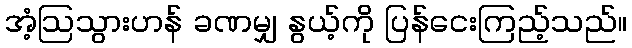
အံ့ဩသွားဟန် ခဏမျှ နွယ့်ကို ပြန်ငေးကြည့်သည်။